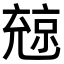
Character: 𠒨